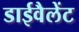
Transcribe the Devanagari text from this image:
डाईवैलेंट